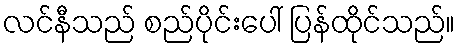
လင်နီသည် စည်ပိုင်းပေါ် ပြန်ထိုင်သည်။